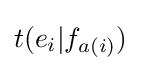
t(e_{i}|f_{a(i)})